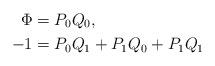
LaTeX: \begin{align*} \Phi&=P_0Q_0,\\ -1&=P_0Q_1+P_1Q_0+P_1Q_1 \end{align*}